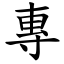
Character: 專